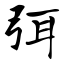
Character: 弭